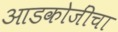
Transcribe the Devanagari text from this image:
आडकोजींचा